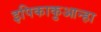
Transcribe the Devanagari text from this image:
इपिकाकुआन्हा